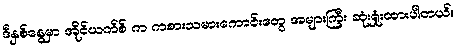
ဒီနှစ်နွေမှာ အိုင်ယက်စ် က ကစားသမားကောင်းတွေ အများကြီး ဆုံးရှုံးထားပါတယ်။